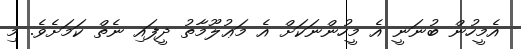
އެމީހުން ބުނަނީ އެ މީހުންނަކަށް އެ މަޢުލޫމާތު ދީފައި ނެތް ކަމަށެވެ. މި